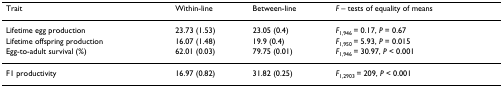
| Trait | Within-line | Between-line | F – tests of equality of means |
 | --- | --- | --- | --- |
 | Lifetime egg production | 23.73 (1.53) | 23.05 (0.4) | F1,946 = 0.17, P = 0.67 |
 | Lifetime offspring production | 16.07 (1.48) | 19.9 (0.4) | F1,950 = 5.93, P = 0.015 |
 | Egg-to-adult survival (%) | 62.01 (0.03) | 79.75 (0.01) | F1,946 = 30.97, P < 0.001 |
 | F1 productivity | 16.97 (0.82) | 31.82 (0.25) | F1,2903 = 209, P < 0.001 |